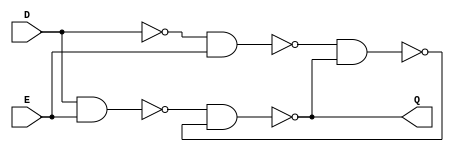
`timescale 1ns / 1ps
//////////////////////////////////////////////////////////////////////////////////
// Company: 
// Engineer: 
// 
// Design Name: 
// Module Name: designs
// Project Name: 
// Target Devices: 
// Tool Versions: 
// Description: 
// 

// Dependencies: 
// 
// Revision:
// Revision 0.01 - File Created
// Additional Comments:
// 
//////////////////////////////////////////////////////////////////////////////////

module D_Latch(D,E,Q);
    input wire D;
    input wire E;

    output wire Q;
    
    
    wire nand2_out = ~(D&E);
    wire D_neg = ~(D&D);
    wire nand3_out = ~(D_neg&E);
    wire Q_neg = ~(nand3_out&Q);
    
    assign Q = ~(nand2_out&Q_neg);
    
endmodule

module D_Flip_Flop(D,CLK,Q,E);
    input wire D;
    input wire CLK;
    input wire E;
    
    output wire Q;

    wire dff_connection;
    wire ff_input = ~E&Q | E&D;
    
    D_Latch d_latch1(ff_input, ~CLK, dff_connection);
    D_Latch d_latch2(dff_connection,~(~CLK), Q);

endmodule

module MUX2_1_4bit(S0,S1,O,S);
    input wire [3:0] S0;
    input wire [3:0] S1;
    input wire S;
    
    output wire [3:0] O;
    
    assign O[0] = (S0[0]&(~S)) | (S1[0]&S);
    assign O[1] = (S0[1]&(~S)) | (S1[1]&S);
    assign O[2] = (S0[2]&(~S)) | (S1[2]&S);
    assign O[3] = (S0[3]&(~S)) | (S1[3]&S);
    
endmodule

module MUX2_1_8bit(S0,S1,O,S);
    input wire [7:0] S0;
    input wire [7:0] S1;
    input wire S;
    
    output wire [7:0] O;
    
    assign O[0] = (S0[0]&(~S)) | (S1[0]&S);
    assign O[1] = (S0[1]&(~S)) | (S1[1]&S);
    assign O[2] = (S0[2]&(~S)) | (S1[2]&S);
    assign O[3] = (S0[3]&(~S)) | (S1[3]&S);
    assign O[4] = (S0[4]&(~S)) | (S1[4]&S);
    assign O[5] = (S0[5]&(~S)) | (S1[5]&S);
    assign O[6] = (S0[6]&(~S)) | (S1[6]&S);
    assign O[7] = (S0[7]&(~S)) | (S1[7]&S);
    
endmodule

module MUX4_1_8bit(S0,S1,S2,S3,O,S);
    input wire [7:0] S0;
    input wire [7:0] S1;
    input wire [7:0] S2;
    input wire [7:0] S3;
    input wire [1:0]S;
    
    output wire [7:0] O;
    
    assign O[0] = (S0[0]&(~S[0]&~S[1])) | (S1[0]&(S[0]&~S[1])) | (S2[0]&(~S[0]&S[1])) | (S3[0]&(S[0]&S[1]));
    assign O[1] = (S0[1]&(~S[0]&~S[1])) | (S1[1]&(S[0]&~S[1])) | (S2[1]&(~S[0]&S[1])) | (S3[1]&(S[0]&S[1]));
    assign O[2] = (S0[2]&(~S[0]&~S[1])) | (S1[2]&(S[0]&~S[1])) | (S2[2]&(~S[0]&S[1])) | (S3[2]&(S[0]&S[1]));
    assign O[3] = (S0[3]&(~S[0]&~S[1])) | (S1[3]&(S[0]&~S[1])) | (S2[3]&(~S[0]&S[1])) | (S3[3]&(S[0]&S[1]));
    assign O[4] = (S0[4]&(~S[0]&~S[1])) | (S1[4]&(S[0]&~S[1])) | (S2[4]&(~S[0]&S[1])) | (S3[4]&(S[0]&S[1]));
    assign O[5] = (S0[5]&(~S[0]&~S[1])) | (S1[5]&(S[0]&~S[1])) | (S2[5]&(~S[0]&S[1])) | (S3[5]&(S[0]&S[1]));
    assign O[6] = (S0[6]&(~S[0]&~S[1])) | (S1[6]&(S[0]&~S[1])) | (S2[6]&(~S[0]&S[1])) | (S3[6]&(S[0]&S[1]));
    assign O[7] = (S0[7]&(~S[0]&~S[1])) | (S1[7]&(S[0]&~S[1])) | (S2[7]&(~S[0]&S[1])) | (S3[7]&(S[0]&S[1]));
    
endmodule

module MUX16_4_8bit(S0,S1,S2,S3,S4,S5,S6,S7,S8,S9,S10,S11,S12,S13,S14,S15,O,S);
    input wire [7:0] S0;
    input wire [7:0] S1;
    input wire [7:0] S2;
    input wire [7:0] S3;
    input wire [7:0] S4;
    input wire [7:0] S5;
    input wire [7:0] S6;
    input wire [7:0] S7;
    input wire [7:0] S8;
    input wire [7:0] S9;
    input wire [7:0] S10;
    input wire [7:0] S11;   
    input wire [7:0] S12;
    input wire [7:0] S13;
    input wire [7:0] S14;
    input wire [7:0] S15;
    input wire [3:0] S;
    
    wire [7:0] first;
    wire [7:0] second;
    wire [7:0] third;
    wire [7:0] fourth;
    
    MUX4_1_8bit m1(S0,S1,S2,S3,first,S[1:0]);
    MUX4_1_8bit m2(S4,S5,S6,S7,second,S[1:0]);
    MUX4_1_8bit m3(S8,S9,S10,S11,third,S[1:0]);
    MUX4_1_8bit m4(S12,S13,S14,S15,fourth,S[1:0]);
    
    output wire [7:0] O;
    
    MUX4_1_8bit final(first,second,third,fourth,O,S[3:2]);
    
endmodule

        
module MUX2_1_16bit(S0,S1,O,S);
    input wire [15:0] S0;
    input wire [15:0] S1;
    input wire S;
    
    output wire [15:0] O;
    
    assign O[0] = (S0[0]&(~S)) | (S1[0]&S);
    assign O[1] = (S0[1]&(~S)) | (S1[1]&S);
    assign O[2] = (S0[2]&(~S)) | (S1[2]&S);
    assign O[3] = (S0[3]&(~S)) | (S1[3]&S);
    assign O[4] = (S0[4]&(~S)) | (S1[4]&S);
    assign O[5] = (S0[5]&(~S)) | (S1[5]&S);
    assign O[6] = (S0[6]&(~S)) | (S1[6]&S);
    assign O[7] = (S0[7]&(~S)) | (S1[7]&S);
    assign O[8] = (S0[8]&(~S)) | (S1[8]&S);
    assign O[9] = (S0[9]&(~S)) | (S1[9]&S);
    assign O[10] = (S0[10]&(~S)) | (S1[10]&S);
    assign O[11] = (S0[11]&(~S)) | (S1[11]&S);
    assign O[12] = (S0[12]&(~S)) | (S1[12]&S);
    assign O[13] = (S0[13]&(~S)) | (S1[13]&S);
    assign O[14] = (S0[14]&(~S)) | (S1[14]&S);
    assign O[15] = (S0[15]&(~S)) | (S1[15]&S);
    
endmodule

module MUX2_1_1bit(S0,S1,O,S);
    input S0;
    input S1;
    output O;
    input S;
    
    assign O = S0&~S | S1&S; 
endmodule

module Full_Adder_1bit(A,B,Cin,O,Cout);
    input wire A;
    input wire B;
    input wire Cin;
    
    output wire O;
    output wire Cout;
    
    wire controlled_Cout = A&B | A&Cin | B&Cin;
    
    assign O = Cin===1'bX ? 1'b0 : Cin&~B&~A | ~Cin&B&~A | Cin&B&A | ~Cin&~B&A; 
    assign Cout = controlled_Cout===1'bX ? 1'b0 : controlled_Cout;
    
endmodule

module Adder_Substractor_4bit(A,B,Cin,O,Cout);
    input wire [3:0] A;
    input wire [3:0] B;
    input wire Cin;
    
    output wire [3:0] O;
    output wire Cout;
    
    wire B0 = Cin&~B[0] | ~Cin&B[0];
    wire B1 = Cin&~B[1] | ~Cin&B[1];
    wire B2 = Cin&~B[2] | ~Cin&B[2];
    wire B3 = Cin&~B[3] | ~Cin&B[3];
    
    wire Cout0, Cout1, Cout2;
    
    Full_Adder_1bit adder0(A[0],B[0],Cin,O[0],Cout0);
    Full_Adder_1bit adder1(A[1],B[1],Cout0,O[1],Cout1);
    Full_Adder_1bit adder2(A[2],B[2],Cout1,O[2],Cout2);
    Full_Adder_1bit adder3(A[3],B[3],Cout2,O[3],Cout);
    
endmodule

module Adder_Substractor_8bit(A,B,Cin,O,Cout);
    input wire [7:0] A;
    input wire [7:0] B;
    input wire Cin;
    
    output wire [7:0] O;
    output wire Cout;
    
    wire B0 = Cin&~B[0] | ~Cin&B[0];
    wire B1 = Cin&~B[1] | ~Cin&B[1];
    wire B2 = Cin&~B[2] | ~Cin&B[2];
    wire B3 = Cin&~B[3] | ~Cin&B[3];
    wire B4 = Cin&~B[4] | ~Cin&B[4];
    wire B5 = Cin&~B[5] | ~Cin&B[5];
    wire B6 = Cin&~B[6] | ~Cin&B[6];
    wire B7 = Cin&~B[7] | ~Cin&B[7];
    
    wire Cout0, Cout1, Cout2, Cout3, Cout4, Cout5, Cout6;
    
    Full_Adder_1bit adder0(A[0],B[0],Cin,O[0],Cout0);
    Full_Adder_1bit adder1(A[1],B[1],Cout0,O[1],Cout1);
    Full_Adder_1bit adder2(A[2],B[2],Cout1,O[2],Cout2);
    Full_Adder_1bit adder3(A[3],B[3],Cout2,O[3],Cout3);
    Full_Adder_1bit adder4(A[4],B[4],Cout3,O[4],Cout4);
    Full_Adder_1bit adder5(A[5],B[5],Cout4,O[5],Cout5);
    Full_Adder_1bit adder6(A[6],B[6],Cout5,O[6],Cout6);
    Full_Adder_1bit adder7(A[7],B[7],Cout6,O[7],Cout);
    
endmodule

module Adder_Substractor_16bit(A,B,Cin,O,Cout);
    input wire [15:0] A;
    input wire [15:0] B;
    input wire Cin;
    
    output wire [15:0] O;
    output wire Cout;
    
    wire cout0;
    
    Adder_Substractor_8bit as0(A[7:0],B[7:0],Cin,O[7:0],cout0);
    Adder_Substractor_8bit as1(A[15:8],B[15:8],cout0,O[15:8],Cout);
endmodule

module ZCNO_register(E,FunSel,I,Q,CLK);
    input wire E;
    input wire [1:0] FunSel;
    input wire [3:0] I;
    input wire CLK;
    
    output wire [3:0] Q;
    
    //Mux if S=0, output is 0, if S=1, output is I
    //Also mean, S=0 is for clear, S=1 is for load
    wire [3:0] I_funsel_mux;
    MUX2_1_4bit mux0(I,4'b0,I_funsel_mux,FunSel[0]);
    
    //Mux if S=0, output is binary 1, if S=1, output is complement of it
    //S is cin for adder/substractor, so if S=1 is A-B(A+B+1), if S=0 A+B will be performed
    wire [3:0] add_subst_Bin;
    MUX2_1_4bit mux1(4'b1,~(4'b1),add_subst_Bin,~FunSel[0]);
    
    //If Cin is 1, it will decrement Q by one, if it is 0, it will increment Q by one
    wire [3:0] adder_subst_output;
    wire adder_subst_cout;
    Adder_Substractor_4bit adder_substractor(Q,add_subst_Bin,~FunSel[0],adder_subst_output,adder_subst_cout);

    //If the first bit of funsel is 1, register will be loaded or reseted
    //If the first bit of funsel is 0, register will be decremented or incremented by one
    //This mux will send proper inputs to D flip flops for these operations
    wire [3:0] D;
    MUX2_1_4bit mux2(adder_subst_output,I_funsel_mux,D,FunSel[1]);
    
    //Synchronized D flip flops
    D_Flip_Flop dff0(D[0],CLK,Q[0],E);
    D_Flip_Flop dff1(D[1],CLK,Q[1],E);
    D_Flip_Flop dff2(D[2],CLK,Q[2],E);
    D_Flip_Flop dff3(D[3],CLK,Q[3],E); 

endmodule

module PART1_8bit(E,FunSel,I,Q,CLK);
    input wire E;
    input wire [1:0] FunSel;
    input wire [7:0] I;
    input wire CLK;
    
    output wire [7:0] Q;
    
    //Mux if S=0, output is 0, if S=1, output is I
    //Also mean, S=0 is for clear, S=1 is for load
    wire [7:0] I_funsel_mux;
    MUX2_1_8bit mux0(I,8'b0,I_funsel_mux,FunSel[0]);
    
    //Mux if S=0, output is binary 1, if S=1, output is complement of it
    //S is cin for adder/substractor, so if S=1 is A-B(A+B+1), if S=0 A+B will be performed
    wire [7:0] add_subst_Bin;
    MUX2_1_8bit mux1(8'b1,~(8'b1),add_subst_Bin,~FunSel[0]);
    
    //If Cin is 1, it will decrement Q by one, if it is 0, it will increment Q by one
    wire [7:0] adder_subst_output;
    wire adder_subst_cout;
    Adder_Substractor_8bit adder_substractor(Q,add_subst_Bin,~FunSel[0],adder_subst_output,adder_subst_cout);

    //If the first bit of funsel is 1, register will be loaded or reseted
    //If the first bit of funsel is 0, register will be decremented or incremented by one
    //This mux will send proper inputs to D flip flops for these operations
    wire [7:0] D;
    MUX2_1_8bit mux2(adder_subst_output,I_funsel_mux,D,FunSel[1]);
    
    //Synchronized D flip flops
    D_Flip_Flop dff0(D[0],CLK,Q[0],E);
    D_Flip_Flop dff1(D[1],CLK,Q[1],E);
    D_Flip_Flop dff2(D[2],CLK,Q[2],E);
    D_Flip_Flop dff3(D[3],CLK,Q[3],E);
    D_Flip_Flop dff4(D[4],CLK,Q[4],E);
    D_Flip_Flop dff5(D[5],CLK,Q[5],E);
    D_Flip_Flop dff6(D[6],CLK,Q[6],E);
    D_Flip_Flop dff7(D[7],CLK,Q[7],E);    

endmodule

module PART1_16bit(E,FunSel,I,Q,CLK);
    input wire E;
    input wire [1:0] FunSel;
    input wire [15:0] I;
    input wire CLK;
    
    output wire [15:0] Q;
    
    //Mux if S=0, output is 0, if S=1, output is I
    //Also mean, S=0 is for clear, S=1 is for load
    wire [15:0] I_funsel_mux;
    MUX2_1_16bit mux0(I,16'b0,I_funsel_mux,FunSel[0]);
    
    //Mux if S=0, output is binary 1, if S=1, output is complement of it
    //S is cin for adder/substractor, so if S=1 is A-B(A+B+1), if S=0 A+B will be performed
    wire [15:0] add_subst_Bin;
    MUX2_1_16bit mux1(16'b1,~(16'b1),add_subst_Bin,~FunSel[0]);
    
    //If Cin is 1, it will decrement Q by one, if it is 0, it will increment Q by one
    wire [15:0] adder_subst_output;
    wire adder_subst_cout;
    Adder_Substractor_16bit adder_substractor(Q,add_subst_Bin,~FunSel[0],adder_subst_output,adder_subst_cout);

    //If the first bit of funsel is 1, register will be loaded or reseted
    //If the first bit of funsel is 0, register will be decremented or incremented by one
    //This mux will send proper inputs to D flip flops for these operations
    wire [15:0] D;
    MUX2_1_16bit mux2(adder_subst_output,I_funsel_mux,D,FunSel[1]);
    
    //Synchronized D flip flops
    D_Flip_Flop dff0(D[0],CLK,Q[0],E);
    D_Flip_Flop dff1(D[1],CLK,Q[1],E);
    D_Flip_Flop dff2(D[2],CLK,Q[2],E);
    D_Flip_Flop dff3(D[3],CLK,Q[3],E);
    D_Flip_Flop dff4(D[4],CLK,Q[4],E);
    D_Flip_Flop dff5(D[5],CLK,Q[5],E);
    D_Flip_Flop dff6(D[6],CLK,Q[6],E);
    D_Flip_Flop dff7(D[7],CLK,Q[7],E);    
    D_Flip_Flop dff8(D[8],CLK,Q[8],E);
    D_Flip_Flop dff9(D[9],CLK,Q[9],E);
    D_Flip_Flop dff10(D[10],CLK,Q[10],E);
    D_Flip_Flop dff11(D[11],CLK,Q[11],E);
    D_Flip_Flop dff12(D[12],CLK,Q[12],E);
    D_Flip_Flop dff13(D[13],CLK,Q[13],E);
    D_Flip_Flop dff14(D[14],CLK,Q[14],E);
    D_Flip_Flop dff15(D[15],CLK,Q[15],E);   
    
endmodule

module PART2_a(FunSel,OutASel,OutBSel,RegSel,I,OutA,OutB,CLK);
    input wire [1:0] FunSel;
    input wire [1:0] OutASel;
    input wire [1:0] OutBSel;
    input wire [3:0] RegSel;
    input wire [7:0] I;
    input wire CLK;
    
    wire [7:0] Q1; //Output of R1
    wire [7:0] Q2; //Output of R2
    wire [7:0] Q3; //Output of R3
    wire [7:0] Q4; //Output of R4
    
    output wire [7:0] OutA;
    output wire [7:0] OutB;
    
    PART1_8bit R1(~RegSel[3],FunSel,I,Q1,CLK); //If RegSel[3] is 0, R1 is enabled
    PART1_8bit R2(~RegSel[2],FunSel,I,Q2,CLK); //If RegSel[2] is 0, R2 is enabled
    PART1_8bit R3(~RegSel[1],FunSel,I,Q3,CLK); //If RegSel[1] is 0, R3 is enabled
    PART1_8bit R4(~RegSel[0],FunSel,I,Q4,CLK); //If RegSel[0] is 0, R4 is enabled
    
    MUX4_1_8bit MUXA(Q1,Q2,Q3,Q4,OutA,OutASel);
    MUX4_1_8bit MUXB(Q1,Q2,Q3,Q4,OutB,OutBSel);
    

endmodule

module PART2_b(FunSel,OutCSel,OutDSel,RegSel,I,OutC,OutD,CLK);
    input wire [1:0] FunSel;
    input wire [1:0] OutCSel;
    input wire [1:0] OutDSel;
    input wire [2:0] RegSel;
    input wire [7:0] I;
    input wire CLK;
    
    wire [7:0] PC; //Output of PC register
    wire [7:0] AR; //Output of AR register
    wire [7:0] SP; //Output of SP register
    
    output wire [7:0] OutC;
    output wire [7:0] OutD;
    
    PART1_8bit PC_reg(~RegSel[2],FunSel,I,PC,CLK); //If RegSel[2] is 0, PC is enabled
    PART1_8bit AR_reg(~RegSel[1],FunSel,I,AR,CLK); //If RegSel[1] is 0, AR is enabled   
    PART1_8bit SR_reg(~RegSel[0],FunSel,I,SP,CLK); //If RegSel[0] is 0, SR is enabled
    
    MUX4_1_8bit MUXA(PC,PC,AR,SP,OutC,OutCSel);
    MUX4_1_8bit MUXB(PC,PC,AR,SP,OutD,OutDSel);
    

endmodule

module PART2_c(E,LH,FunSel,I,IRout,CLK);
    input wire E;
    input wire LH;
    input wire [1:0] FunSel;
    input wire [7:0] I;
    input wire CLK;
    
    //MASK selection
    // If we load I into IR(15-8), we need to mask IR(15-8), thus MASK will be 0000000011111111
    // otherwise it will 1111111100000000
    wire [15:0] MASK;
    MUX2_1_16bit mask_mux(16'b0000000011111111,16'b1111111100000000,MASK,LH); 
    
    //Extend the length of load I.
    //We fill right side of I with 0s and load it to ADD1.
    //We fill left side of I with 0s and load it to ADD2.
    //Then we will add one of these ADDs to masked register value 
    wire [15:0] ADD1;
    wire [15:0] ADD2;
    wire [7:0] CONST = 8'b0;
    assign ADD1[15:8] = I|CONST;
    assign ADD1[7:0] = 8'b0; 
    assign ADD2[7:0] = I|CONST;
    assign ADD2[15:8] = 8'b0;
    
    //Select ADD number which will be added to masked register value
    wire [15:0] ADD_RESULT;
    MUX2_1_16bit add_mux(ADD1,ADD2,ADD_RESULT,LH);
    
    output wire [15:0] IRout;
    
    //Mask register value
    wire [15:0] MASKED_LOAD;
    assign MASKED_LOAD = IRout&MASK;
    
    //Add extended load I to masked register value
    //As a result we will get a 16 bit number ready to be loaded into register
    wire [15:0] LOAD;
    wire temp;
    Adder_Substractor_16bit load_adder(MASKED_LOAD,ADD_RESULT,1'b0,LOAD,temp);
    
    PART1_16bit IR_reg(E,FunSel,LOAD,IRout,CLK);
    
endmodule

module PART3(A,B,FunSel,OutALU,OutFlag,CLK);
    input wire [7:0] A;
    input wire [7:0] B;
    input wire [3:0] FunSel;
    output wire [7:0] OutALU;
    output wire [3:0] OutFlag;
    input wire CLK;
    
    wire [3:0] InFlag;
    
    //adder
    wire [7:0] B_adder;
    wire cin;
    wire cout;
    wire [7:0]adder_result;
    //Decided whether B or its complement is sent to adder/substracter
    MUX2_1_8bit adder(B,~B,B_adder,FunSel[1]);
    //if funsel[0] is 1, addition with carry flag is performed
    //if funsel[0] is 0 and (FunSel[0]|FunSel[1]) is 0, A+B, if (FunSel[0]|FunSel[1]) is 1 A-B is performed
    MUX2_1_1bit mux_cin((FunSel[0]|FunSel[1]),OutFlag[2],cin,FunSel[0]); 
    Adder_Substractor_8bit adder_substractor(A,B_adder,cin,adder_result,cout);
    
    //check for carry flag
    wire shifter_carry;
    wire decided_carry;
    //check if carry coming from left shift or right shift
    MUX2_1_1bit c_decider1(A[7],A[0],shifter_carry,FunSel[0]);  
    //check if carry coming from adder/substractor or from shifter  
    MUX2_1_1bit c_decider2(cout,shifter_carry,decided_carry,FunSel[3]);    
    //check if carry output should be effected or not
    MUX2_1_1bit c_decider3(OutFlag[2],decided_carry,InFlag[2],(FunSel[3]&FunSel[1])|(FunSel[2]&~FunSel[3]&(~FunSel[1]|~FunSel[0])));
    
    //check for overflow flag
    wire decided_o;
    wire shifter_o;
    //check if overflow coming from left shift or right shift
    MUX2_1_1bit o_decider1((~A[7]&A[6] | A[7]&~A[6]), (~A[7]&A[0] | A[7]&~A[0]) ,shifter_o,FunSel[0]); 
    //check if overflow coming from adder/substractor or from shifter 
    wire decided_B = ~B[7]&FunSel[1] | B[7]&~FunSel[1];
    wire and1 = ~A[7]&adder_result[7]&~decided_B;
    wire and2 = A[7]&~adder_result[7]&decided_B;
    MUX2_1_1bit o_decider2(and1|and2,shifter_o,decided_o,FunSel[3]);   
    //check if overflow output should be effected or not
    MUX2_1_1bit o_decider3(OutFlag[0],decided_o,InFlag[0],FunSel[2]&(~FunSel[0] | (FunSel[3]&FunSel[1]) | (~FunSel[3]&~FunSel[1])));   
    
    //check for zero flag 
    assign InFlag[3] = ~(OutALU[0]|OutALU[1]|OutALU[2]|OutALU[3]|OutALU[4]|OutALU[5]|OutALU[6]|OutALU[7]);
    
    //check for negative flag 
    //if funsel is 1101 negative flag will not be effected
    MUX2_1_1bit n_decider(OutFlag[1],OutALU[7],InFlag[1],~(FunSel[0]&~FunSel[1]&FunSel[2]&FunSel[3]));       
    
    //shifter 
    wire [7:0] shift; //shifted A
    //If LSB of Funsel is 0, A is shifted to left, otherwise to right
    //If both FunSel[1] and FunSel[2] are 1 and FunSel[0] is 0, it performs circular left shift and puts C to LSB, otherwise it puts 0
    MUX2_1_1bit sf0((OutFlag[2]&FunSel[1]&FunSel[2]),A[1],shift[0],FunSel[0]);
    MUX2_1_1bit sf1(A[0],A[2],shift[1],FunSel[0]);
    MUX2_1_1bit sf2(A[1],A[3],shift[2],FunSel[0]);
    MUX2_1_1bit sf3(A[2],A[4],shift[3],FunSel[0]);
    MUX2_1_1bit sf4(A[3],A[5],shift[4],FunSel[0]);
    MUX2_1_1bit sf5(A[4],A[6],shift[5],FunSel[0]);
    MUX2_1_1bit sf6(A[5],A[7],shift[6],FunSel[0]);   
    //If both FunSel[1] and FunSel[2] are 1 and FunSel[0] is 1, it performs circular right shift and puts MSB to C,
    //If both FunSel[1] is 0 and FunSel[2] is 1 and FunSel[0] is 1, it performs arithmetic right shift and puts MSB to MSB,
    //otherwise it puts 0 to MSB
    MUX2_1_1bit sf7(A[6],((OutFlag[2]&FunSel[1]&FunSel[2])|(A[7]&~FunSel[1]&FunSel[2])),shift[7],FunSel[0]);
   
    MUX16_4_8bit alu(A,B,~A,~B,adder_result,adder_result,adder_result,(A&B),(A|B),((A&~B)|(~A&B)),shift,shift,shift,shift,shift,shift,OutALU,FunSel);
    
    //ZCNO register. We used the first 4 bit of our 8 bit register we created in part 1 
    
    ZCNO_register ZCNO_reg(1'b1,2'b10,InFlag,OutFlag,CLK);
    
endmodule

module Memory(
    input wire[7:0] address,
    input wire[7:0] data,
    input wire wr, //Read = 0, Write = 1
    input wire cs, //Chip is enable when cs = 0
    input wire clock,
    output reg[7:0] o // Output
);
    //Declaration of the RAM Area
    reg[7:0] RAM_DATA[0:255];
    //Read Ram data from the file
    initial $readmemh("RAM.mem", RAM_DATA);
    //Read the selected data from RAM
    always @(*) begin
        o = ~wr && ~cs ? RAM_DATA[address] : 8'hZ;
    end
    
    //Write the data to RAM
    always @(posedge clock) begin
        if (wr && ~cs) begin
            RAM_DATA[address] <= data; 
        end
    end
endmodule

module ALUSystem(
    input wire [1:0] RF_OutASel, 
    input wire [1:0] RF_OutBSel, 
    input wire [1:0] RF_FunSel,
    input wire [3:0] RF_RegSel,
    input wire [3:0] ALU_FunSel,
    input wire [1:0] ARF_OutCSel, 
    input wire [1:0] ARF_OutDSel, 
    input wire [1:0] ARF_FunSel,
    input wire [2:0] ARF_RegSel,
    input wire IR_LH,
    input wire IR_Enable,
    input wire [1:0] IR_Funsel,
    input wire Mem_WR,
    input wire Mem_CS,
    input wire [1:0] MuxASel,
    input wire [1:0] MuxBSel,
    input wire MuxCSel,
    input wire Clock
    );
    
    wire [7:0] AOut;
    wire [7:0] BOut;
    wire [7:0] ALUOut;
    wire [7:0] ARF_COut; //address register file part2b
    wire [7:0] Address;
    wire [7:0] MemoryOut;
    wire [7:0] IROut;//IR(0-7)
    wire [7:0] MuxAOut;
    wire [7:0] MuxBOut;
    wire [7:0] MuxCOut;
    wire [15:0] temp_I;
    wire [3:0] ALUOutFlag;
    
    PART2_a register_file(RF_FunSel,RF_OutASel,RF_OutBSel,RF_RegSel,MuxAOut,AOut,BOut,Clock);
    
    PART2_b ARF(ARF_FunSel,ARF_OutCSel,ARF_OutDSel,ARF_RegSel,MuxBOut,ARF_COut,Address,Clock);
    
    Memory mem(Address,ALUOut,Mem_WR,Mem_CS,Clock,MemoryOut);
    
    
    PART2_c IR(IR_Enable,IR_LH,IR_Funsel,MemoryOut,temp_I,Clock);
    
    assign IROut = temp_I[7:0];
    
    MUX4_1_8bit MUXA(IROut,MemoryOut,ARF_COut,ALUOut,MuxAOut,MuxASel);
    MUX4_1_8bit MUXB(8'b0,IROut,MemoryOut,ALUOut,MuxBOut,MuxBSel);
    MUX2_1_8bit MUXC(ARF_COut,AOut,MuxCOut,MuxCSel);
    
    PART3 ALU(MuxCOut,BOut,ALU_FunSel,ALUOut,ALUOutFlag,Clock);
    
endmodule